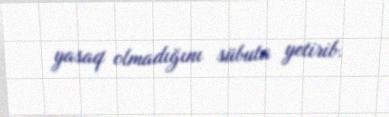
yasaq olmadığını sübuta yetirib.